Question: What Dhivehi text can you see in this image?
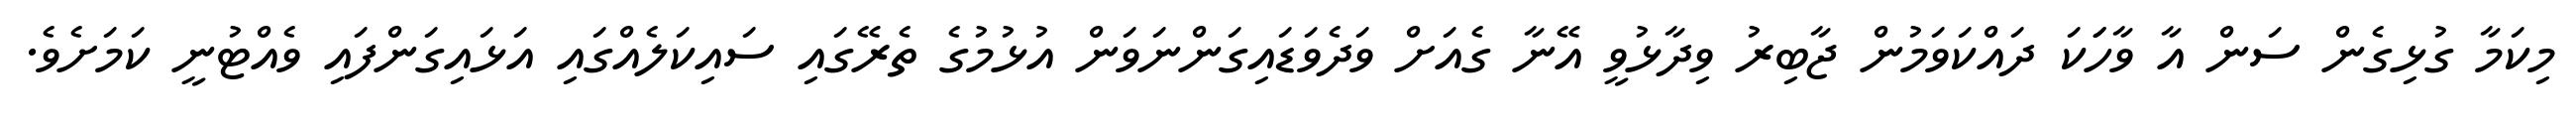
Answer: މިކަމާ ގުޅިގެން ސަން އާ ވާހަަކަ ދައްކަވަމުން ޖާބިރު ވިދާޅުވީ އޭނާ ގެއަށް ވަދެވަޑައިގަންނަވަން އުޅުމުގެ ތެރޭގައި ސައިކަލެއްގައި އަޅައިގަންފައި ވެއްޓުނީ ކަމަށެވެ.